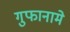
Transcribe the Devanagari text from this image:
गुफानामे